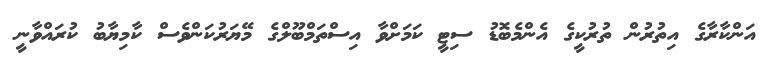
އަންކާރާގެ އިތުރުން ތުރުކީގެ އެންމެބޮޑު ސިޓީ ކަމަށްވާ އިސްތަމްބޫލްގެ މޭޔަރުކަންވެސް ކާމިޔާބު ކުރައްވާނީ